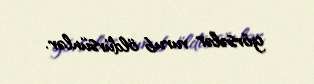
görsələr vurub öldürsünlər.